Annual administration report of the Civil Veterinary Department of India - 1896-1897
Year: 1896
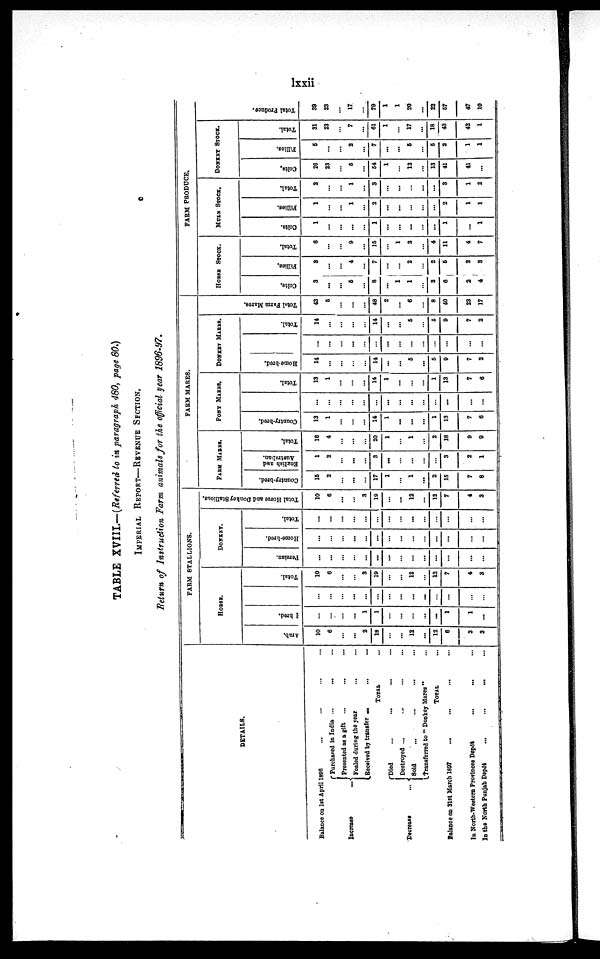
lxxii
TABLE XVIII.—(Referred to in paragraph 480, page 80.)
IMPERIAL REPORT—REVENUE SECTION.
Return of Instruction Farm animals for the official year 1896-97.
DETAILS.
Balance on 1st April 1896 ... ... ... ...
Increase
...
Purchased in India ... ... ...
Presented as a gift ... ... ...
Foaled during the year ... ...
Received by transfer
...
...
...
TOTAL
Decrease ...
Died ... ... ... ...
Destroyed ... ... ... ...
Sold ... ... ... ...
Transferred to "Donkey Mares" ...
TOTAL ...
Balance on 31st March 1897
... ... ... ...
In North-Western Provinces Depôt
...
...
...
In the North Punjab Depôt ... ... ...
FARM STALLIONS.
HORSES.
Arab.
10
6
...
...
2
18
...
...
12
...
12
6
3
3
¾ bred.
...
...
...
...
1
1
...
...
...
...
...
1
1
. . .
...
...
...
...
...
...
...
...
...
...
...
Total.
10
6
...
...
3
19
...
...
12
12
7
4
3
DONKEY.
Persian.
...
...
...
...
...
...
...
...
...
...
...
...
...
...
Home-bred.
...
...
...
...
...
...
...
...
...
...
...
...
Total.
...
..
...
...
...
...
...
...
...
...
...
...
Total Horse and Donkey Stallions.
10
6
...
...
3
19
...
...
12
12
7
4
3
FARM MARES.
FARM MARES.
Country-bred.
15
2
...
...
...
17
1
...
1
...
2
15
7
8
English and
Australian.
1
2
...
...
...
3
...
...
...
...
3
2
1
Total.
16
4
...
...
...
20
1
1
...
2
18
9
9
PONY MARES.
Country-bred.
13
1
...
...
...
14
1
...
...
...
1
13
7
6
...
...
...
...
...
...
...
...
...
...
...
...
Total.
13
1
...
...
...
14
1
...
...
...
1
13
7
6
DONKEY MARES.
Home.bred.
14
...
...
...
...
14
...
...
5
...
5
9
7
2
...
...
...
...
...
...
...
...
...
...
...
...
...
Total.
14
...
...
...
...
14
...
...
5
...
5
9
7
2
Tot al Far m Mar es .
43
5
...
...
...
48
2
...
6
...
8
40
23
17
FARM PRODUCE.
HORSE STOCK.
Colts.
3
...
...
5
...
8
...
1
1
...
2
6
2
4
Fillies.
3
...
...
4
...
7
...
...
2
...
2
5
2
3
Total.
6
...
...
9
...
15
1
3
...
4
11
4
7
MULE STOCK.
Colts.
1
...
...
...
...
1
...
...
...
...
...
1
...
1
Fillies.
1
...
...
1
...
2
...
...
...
...
...
2
1
1
Total.
2
...
...
1
...
3
...
...
...
...
3
1
2
DONKEY STOCK.
Colts.
26
23
...
5
...
54
1
12
...
13
41
41
...
Fillies.
5
...
...
2
...
7
...
...
5
...
5
2
1
1
Total.
31
23
...
7
...
61
1
17
...
18
43
42
1
Total Pr oduce.
39
23
...
17
...
79
1
1
20
...
22
67
47
10